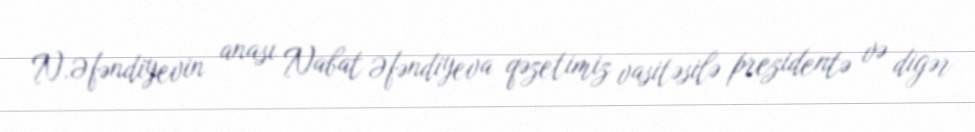
N.Əfəndiyevin anası Nabat Əfəndiyeva qəzetimiz vasitəsilə prezidentə və digər